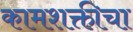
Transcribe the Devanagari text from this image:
कामशक्तीचा